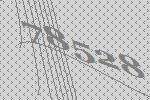
78528